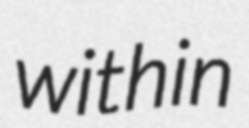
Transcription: within